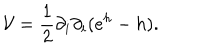
{ \mathcal { V } } = \frac { 1 } { 2 } \partial _ { i } \partial _ { i } ( e ^ { h } - h ) .